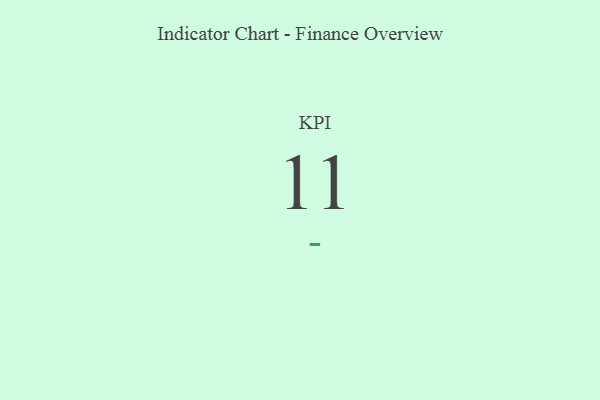
{"axis": {"x": "KPI", "y": "Value"}, "legend": [""], "data": [{"x": "KPI", "y": 11, "type": ""}]}